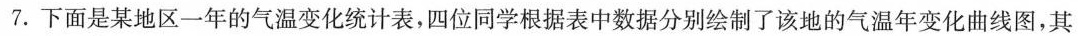
7.下面是某地区一年的气温变化统计表，四位同学根据表中数据分别绘制了该地的气温年变化曲线图，其